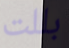
بللت